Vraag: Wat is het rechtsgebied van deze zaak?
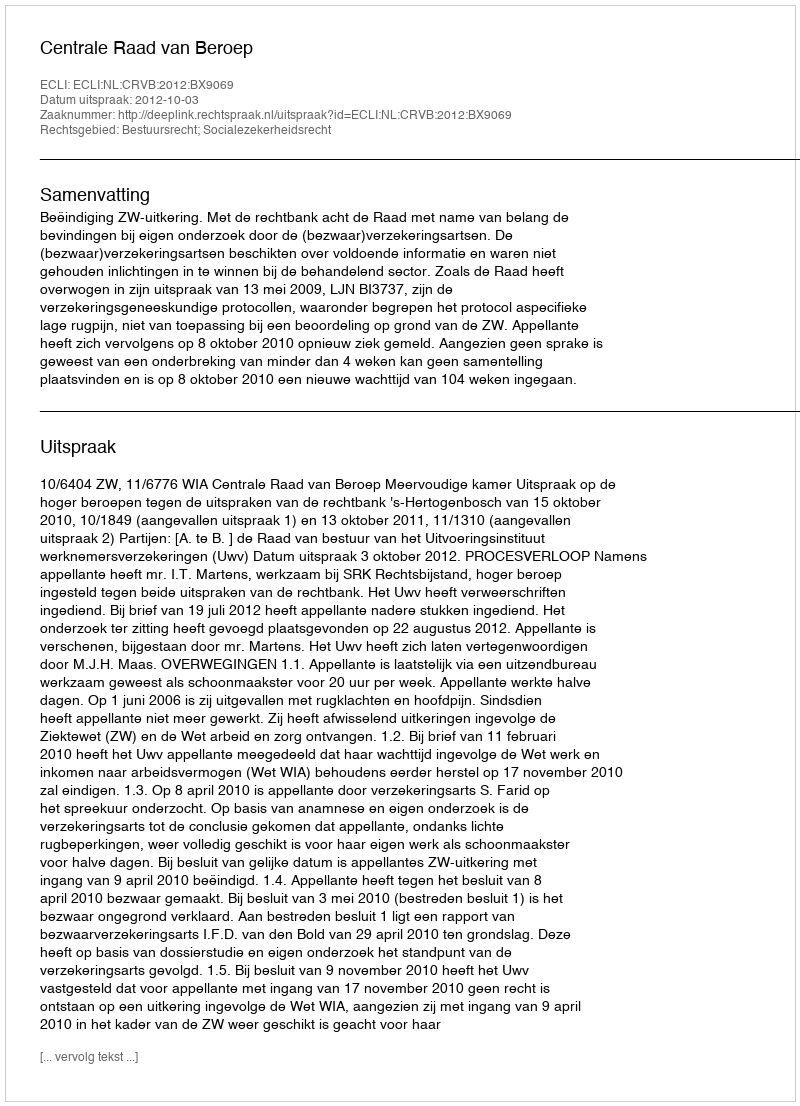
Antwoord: Bestuursrecht; Socialezekerheidsrecht